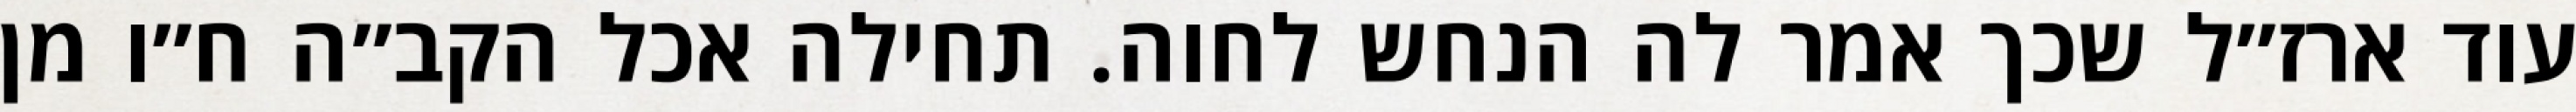
עוד ארז״ל שכך אמר לה הנחש לחוה. תחילה אכל הקב״ה ח״ו מן